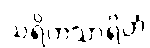
သရိတသာရိတံ